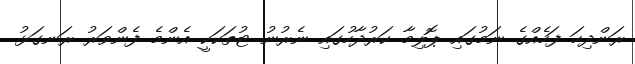
ރަންދިހަ ފަހެއްގެ ނަމުގައި ޕޮލިމާ ކަރުދާހުގައި ނެރުނު ޓުތަކަކީ އެންމެ ފެންވަރު ރަނގަޅު